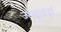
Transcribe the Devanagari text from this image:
जन्मदुःखनुदं